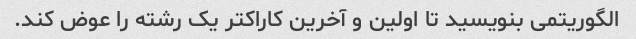
الگوریتمی بنویسید تا اولین و آخرین کاراکتر یک رشته را عوض کند.